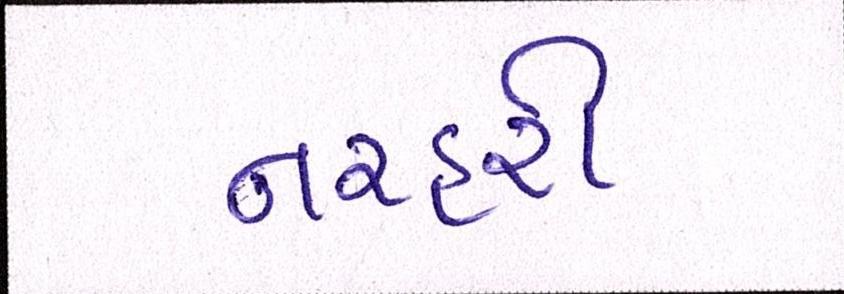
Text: નરહરી